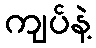
ကျပ်နဲ့